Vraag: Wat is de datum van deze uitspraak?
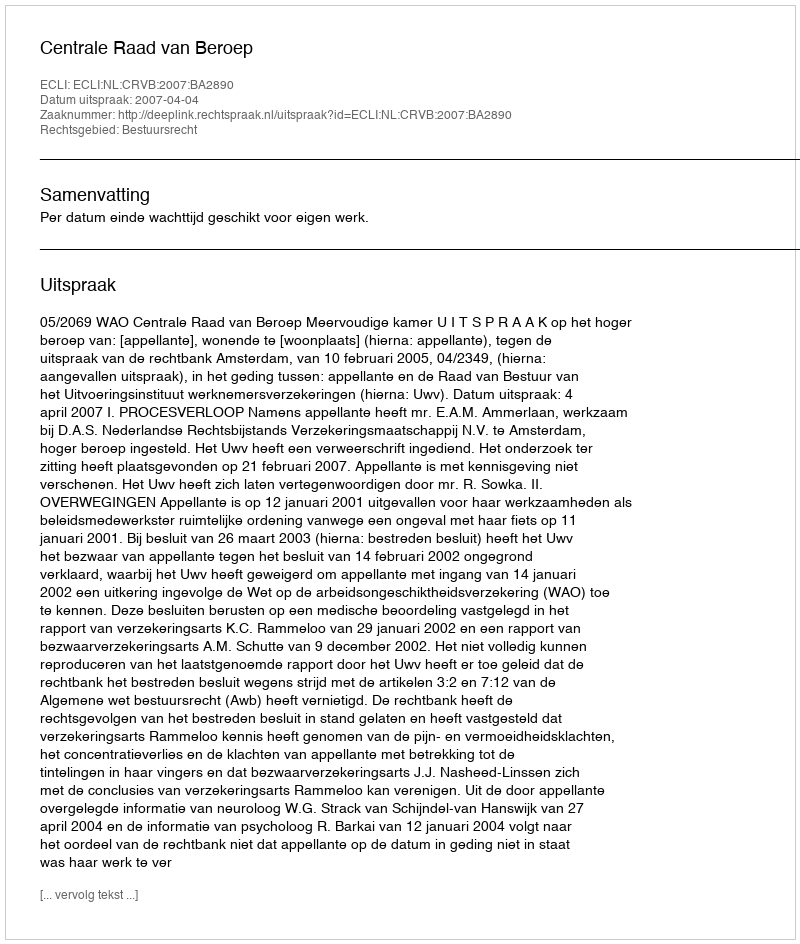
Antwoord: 2007-04-04